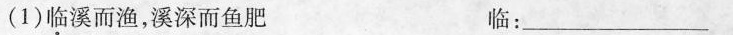
(1)临溪而渔，溪深而鱼肥 临：___